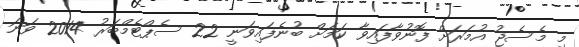
މި މެސެޖު އުމަރަށް ފޮނުވާފައިވާ ކަމަށް ބުނެފައިވަނީ 22 ސެޕްޓެމްބަރު 2014 ވަަނަ